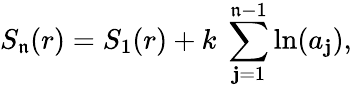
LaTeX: S_{\mathfrak{n}}(r)=S_{1}(r)+k\ \sum_{\mathbf{j}=1}^{\mathfrak{n}-1}\ln(a_{\mathbf{j}}),